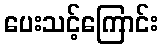
ပေးသင့်ကြောင်း